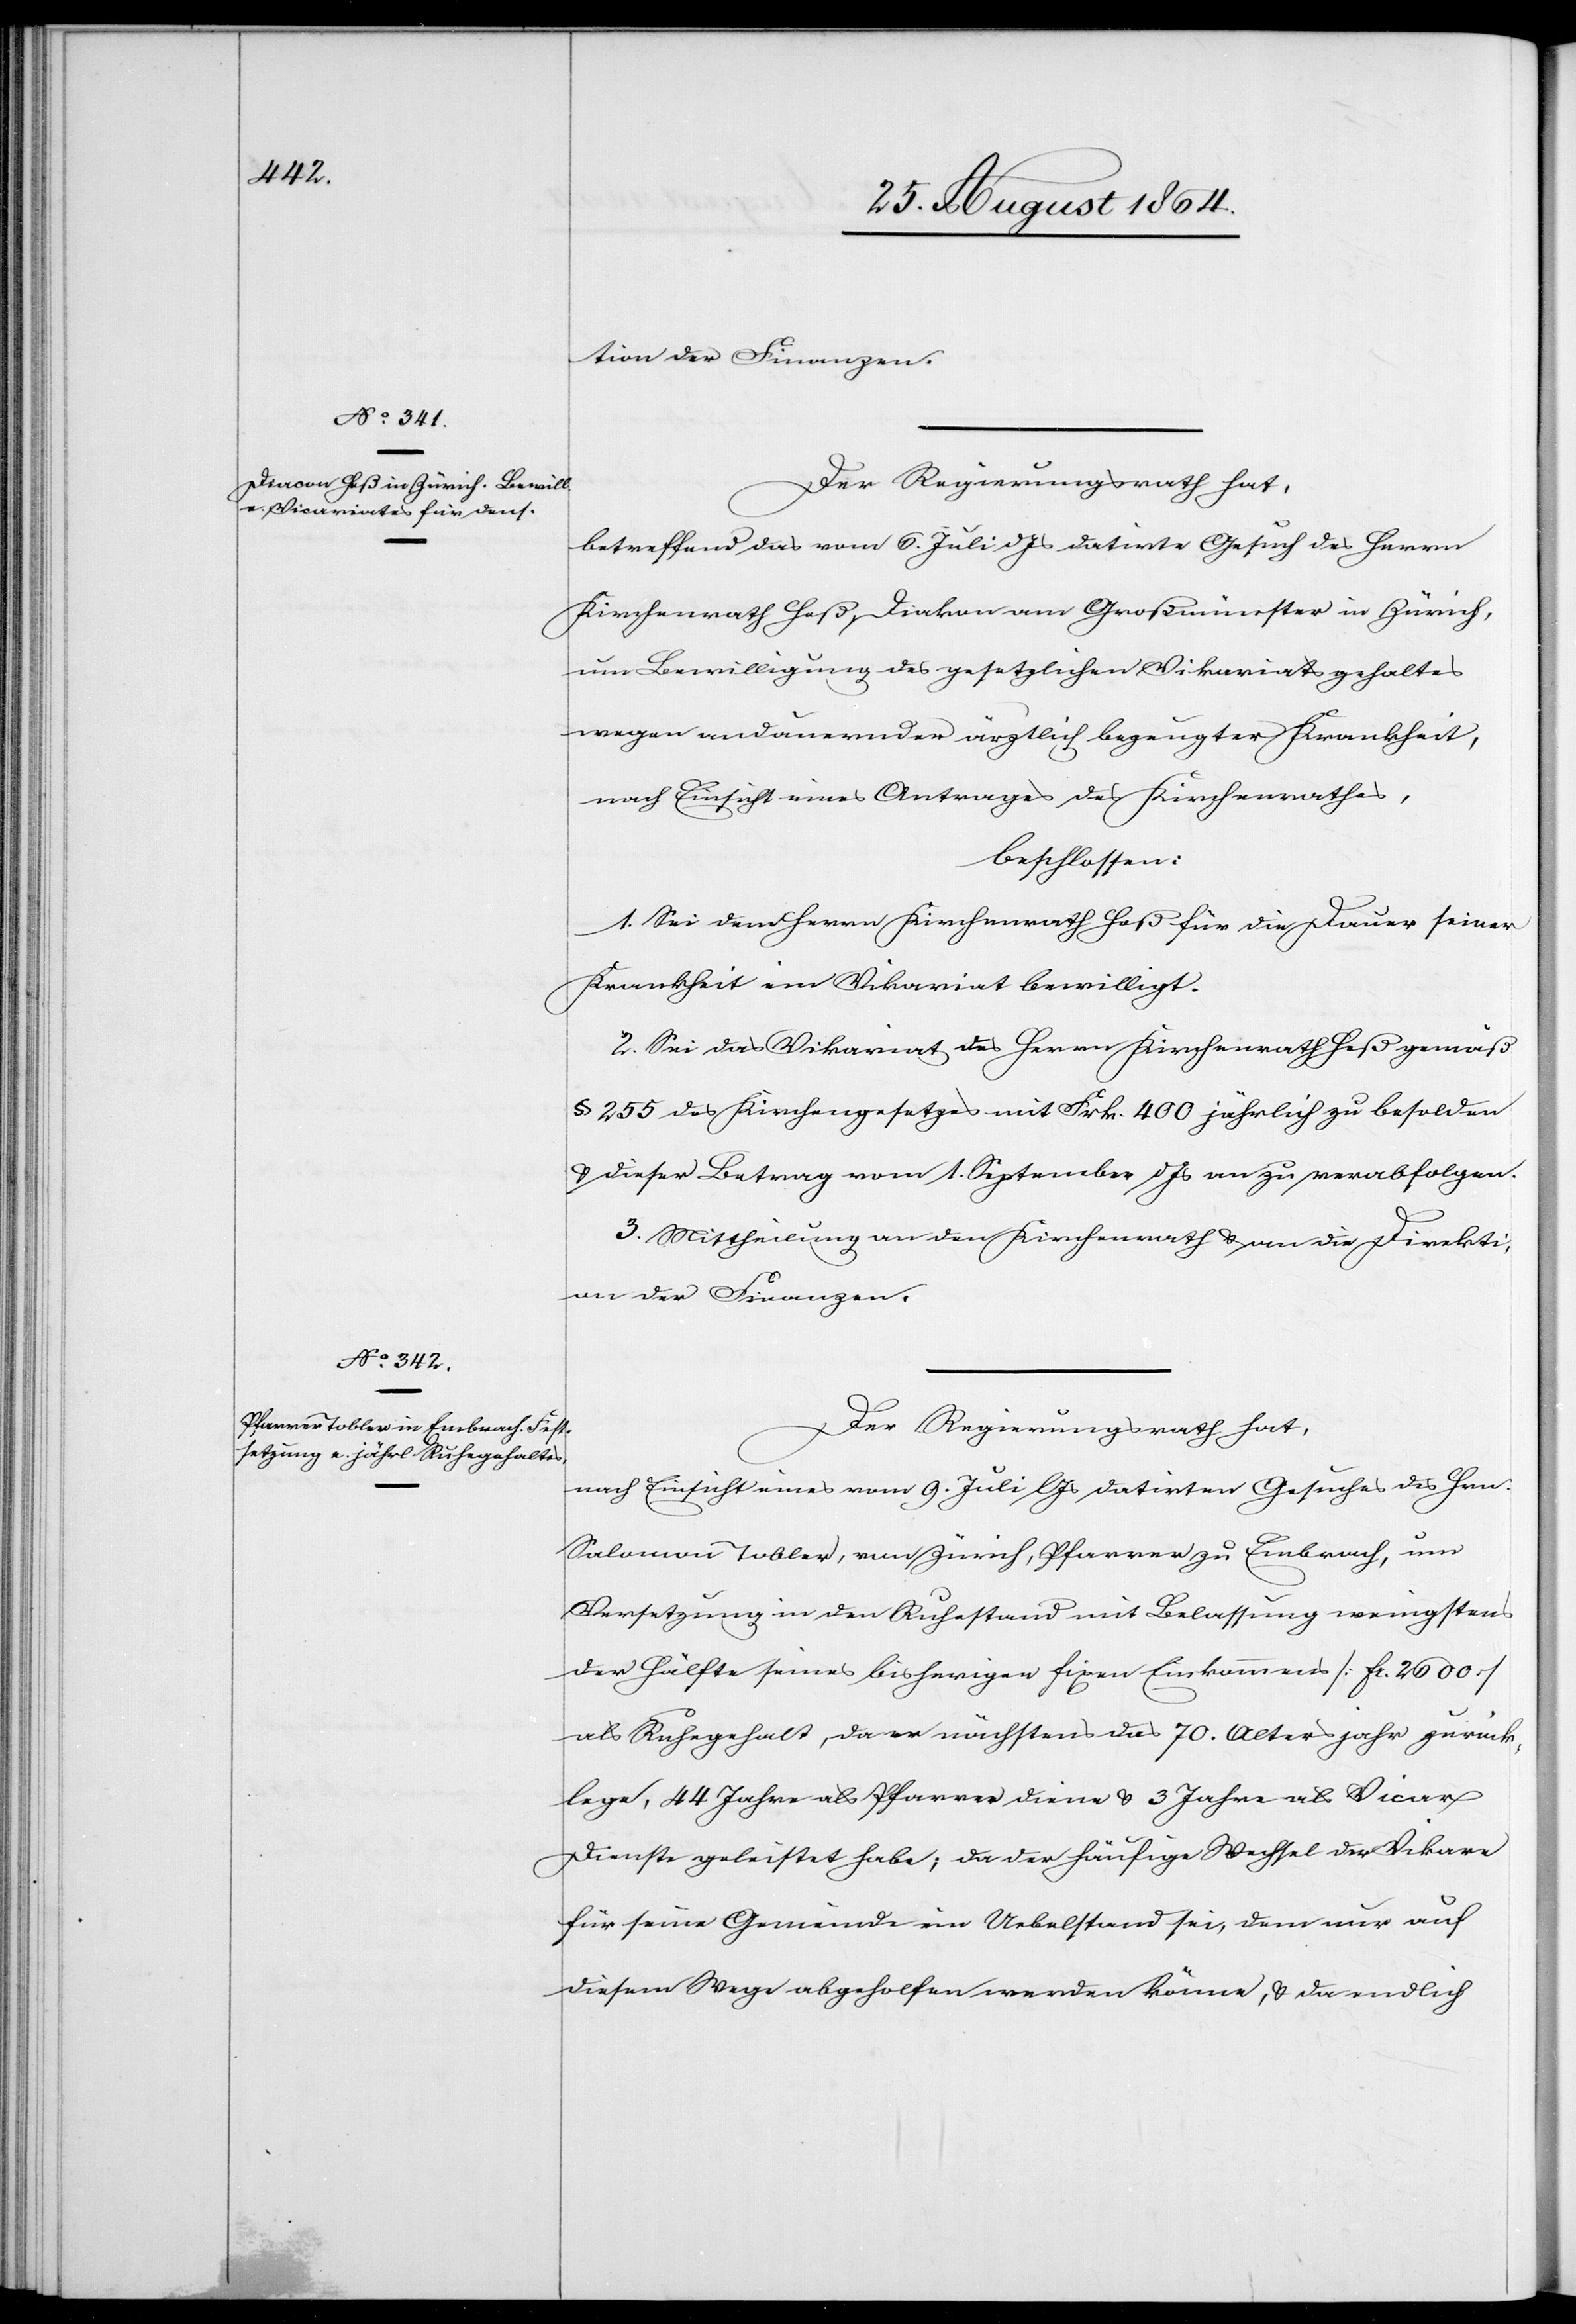
tion der Finanzen.
Der Regierungsrath hat,
betreffend das vom 6. Juli d. Js datirte Gesuch des Herrn
Kirchenrath Heß, Diakon im Großmünster in Zürich,
um Bewilligung des gesetzlichen Vikariatsgehaltes
wegen andauernder ärztlich bezeugter Krankheit,
nach Einsicht eines Antrages des Kirchenrathes,
beschlossen:
1. Sei dem Herrn Kirchenrath Heß für die Dauer seiner
Krankheit ein Vikariat bewilligt.
2. Sei das Vikariat des Herrn Kirchenrath Heß gemäß
§ 255 des Kirchengesetzes mit Frk. 400 jährlich zu besolden
& dieser Betrag vom 1. September d. Js an zu verabfolgen.
3. Mittheilung an den Kirchenrath & an die Direkti¬
on der Finanzen.